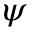
\psi